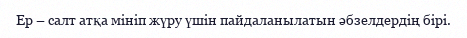
Ер – салт атқа мініп жүру үшін пайдаланылатын әбзелдердің бірі.